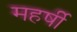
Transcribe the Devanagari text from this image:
महर्षी